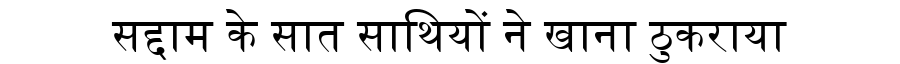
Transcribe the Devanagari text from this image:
सद्दाम के सात साथियों ने खाना ठुकराया